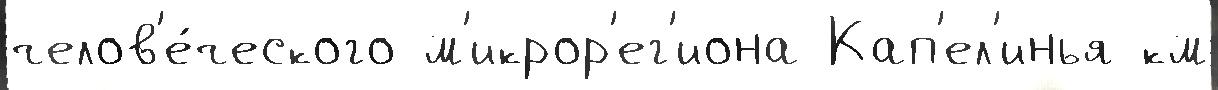
челов'е́ческого м'икрор'ег'иона Кап'ел'инья км